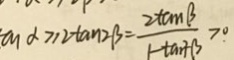
a n \alpha \geq 2 \tan 2 \beta = \frac { 2 \tan \beta } { 1 - \tan ^ { 2 } \beta } > 0